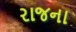
રાજના